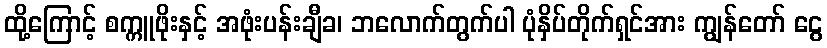
ထို့ကြောင့် စက္ကူဖိုးနှင့် အဖုံးပန်းချီခ၊ ဘလောက်တွက်ပါ ပုံနှိပ်တိုက်ရှင်အား ကျွန်တော် ငွေ